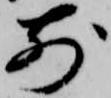
前